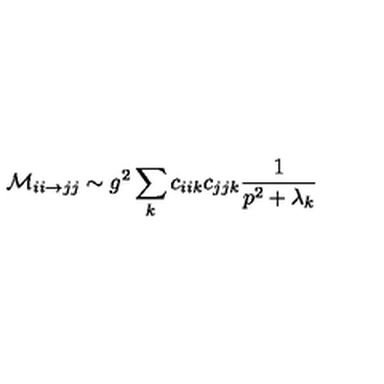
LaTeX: { \cal M } _ { i i \rightarrow j j } \sim g ^ { 2 } \sum _ { k } c _ { i i k } c _ { j j k } \frac { 1 } { p ^ { 2 } + \lambda _ { k } }